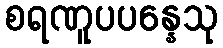
စရဏူပပန္နေသု